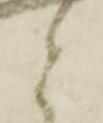
と